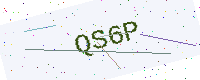
Text: QS6P